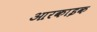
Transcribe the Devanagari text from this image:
आरकाइक